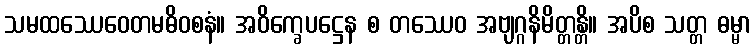
သမထဿေဝေတမဓိဝစနံ။ အဝိက္ခေပဋ္ဌေန စ တဿေဝ အဗျဂ္ဂနိမိတ္တန္တိ။ အပိစ သတ္တ ဓမ္မာ